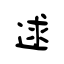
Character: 逑